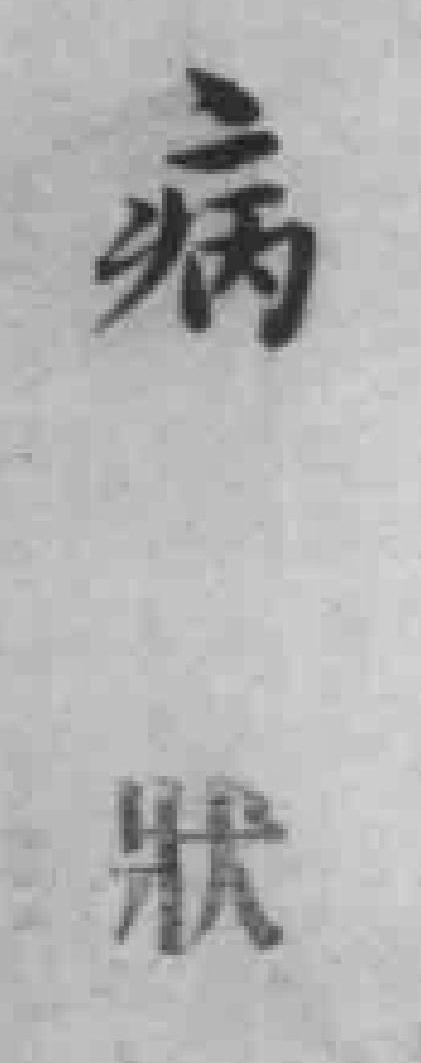
病狀